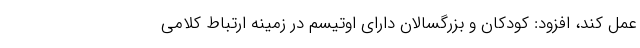
عمل کند، افزود: کودکان و بزرگسالان دارای اوتیسم در زمینه ارتباط کلامی